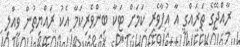
ރާއްޖޭގެ ތަރައްގީ އާ އުފާވެރި ކަމަށް ޓަކާ ބިންވެރިކަމާ އެކު ރައްޔިތުން ވީއްލި